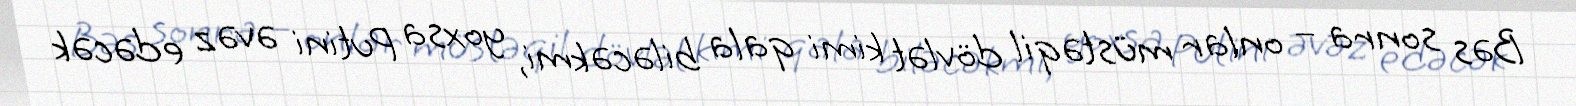
Bəs sonra – onlar müstəqil dövlət kimi qala biləcəkmi, yoxsa Putini əvəz edəcək